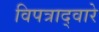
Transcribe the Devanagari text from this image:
विपत्राद्वारे